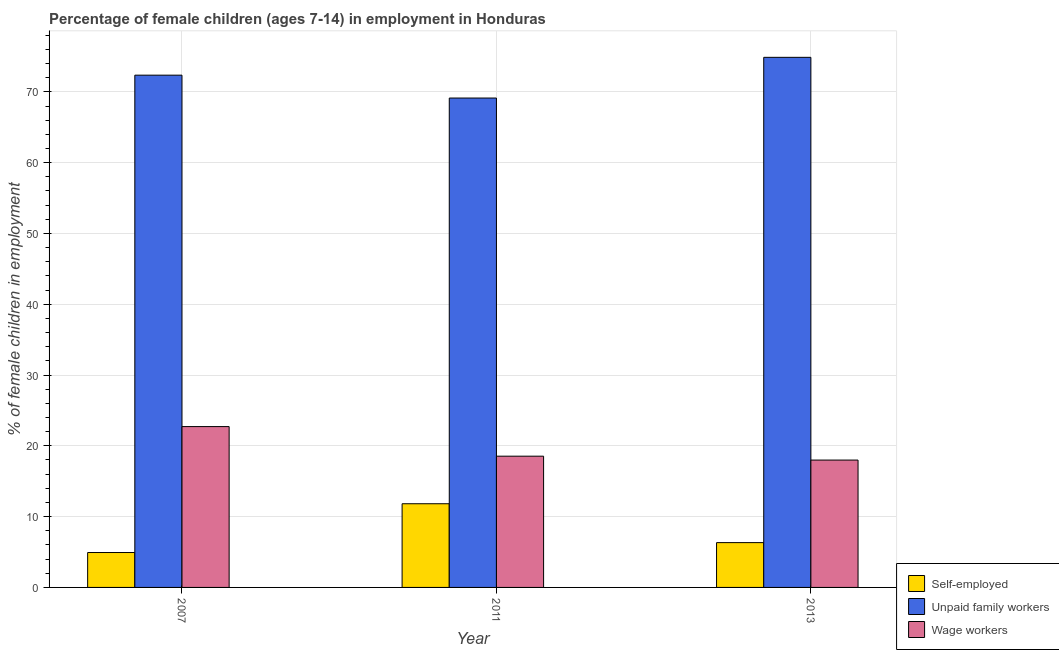
| Year | Self-employed | Unpaid family workers | Wage workers |
 | --- | --- | --- | --- |
 | 2007 | 4.93 | 72.4 | 22.7 |
 | 2011 | 11.8 | 69.1 | 18.5 |
 | 2013 | 6.33 | 74.9 | 18 |